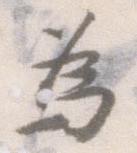
為